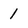
Character: 1